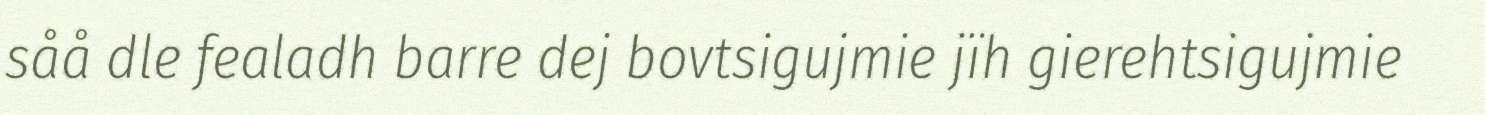
såå dle fealadh barre dej bovtsigujmie jïh gierehtsigujmie